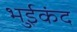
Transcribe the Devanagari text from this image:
भुईकंद